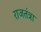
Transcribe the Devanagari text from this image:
राजतंत्रा